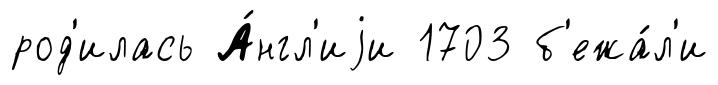
род'илась А́нгл'иjи 1703 б'ежа́л'и